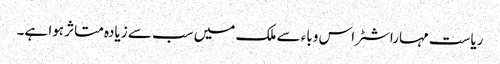
ریاست مہاراشٹر اس وباء سے ملک میں سب سے زیادہ متاثر ہوا ہے۔